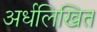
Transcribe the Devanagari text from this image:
अर्धलिखित